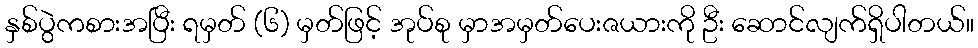
နှစ်ပွဲကစားအပြီး ရမှတ် (၆) မှတ်ဖြင့် အုပ်စု မှာအမှတ်ပေးဇယားကို ဦး ဆောင်လျက်ရှိပါတယ်။